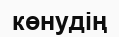
көнудің